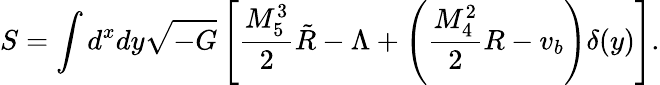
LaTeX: S=\int d^{x}dy\sqrt{-G}\left[\frac{M_{5}^{3}}{2}\tilde{R}-\Lambda+\left(\frac{M_{4}^{2}}{2}R-v_{b}\right)\delta(y)\right].